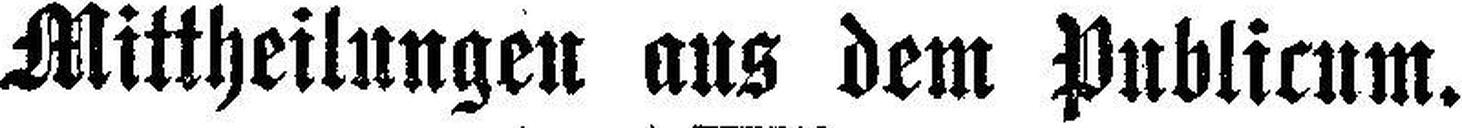
Mittheilungen aus dem Publicum.